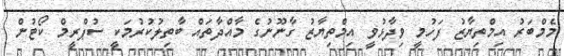
މެމްބަރު އިމްތިޔާޒު ފަހުމީ ވިދާޅުވީ އިމްތިޔާޒު ގާނޫނުގެ މާއްދާތައް ބާތިލުކުރުމަކީ ސުޕްރީމް ކޯޓުން